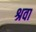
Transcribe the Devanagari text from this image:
श्रवा